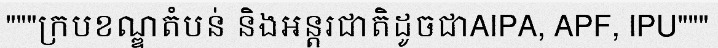
"""ក្របខណ្ឌតំបន់ និងអន្តរជាតិដូចជាAIPA, APF, IPU"""